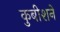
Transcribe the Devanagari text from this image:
कुबीशने